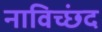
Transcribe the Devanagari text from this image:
नाविच्छंद